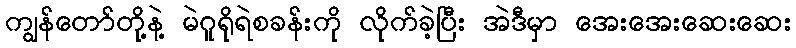
ကျွန်တော်တို့နဲ့ မဲဂူရိုရဲစခန်းကို လိုက်ခဲ့ပြီး အဲဒီမှာ အေးအေးဆေးဆေး